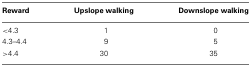
<table><thead><tr><td><b>Reward</b></td><td><b>Upslope walking</b></td><td><b>Downslope walking</b></td></tr></thead><tbody><tr><td>&lt;4.3</td><td>1</td><td>0</td></tr><tr><td>4.3–4.4</td><td>9</td><td>5</td></tr><tr><td>&gt;4.4</td><td>30</td><td>35</td></tr></tbody></table>